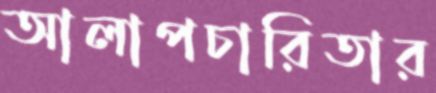
আলাপচারিতার